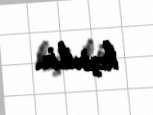
keçirilir.